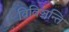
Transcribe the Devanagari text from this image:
विविञ्चन्ति